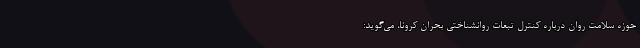
حوزه سلامت روان درباره کنترل تبعات روانشناختی بحران کرونا، می‌گوید: